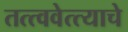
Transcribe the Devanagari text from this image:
तत्त्ववेत्त्याचे